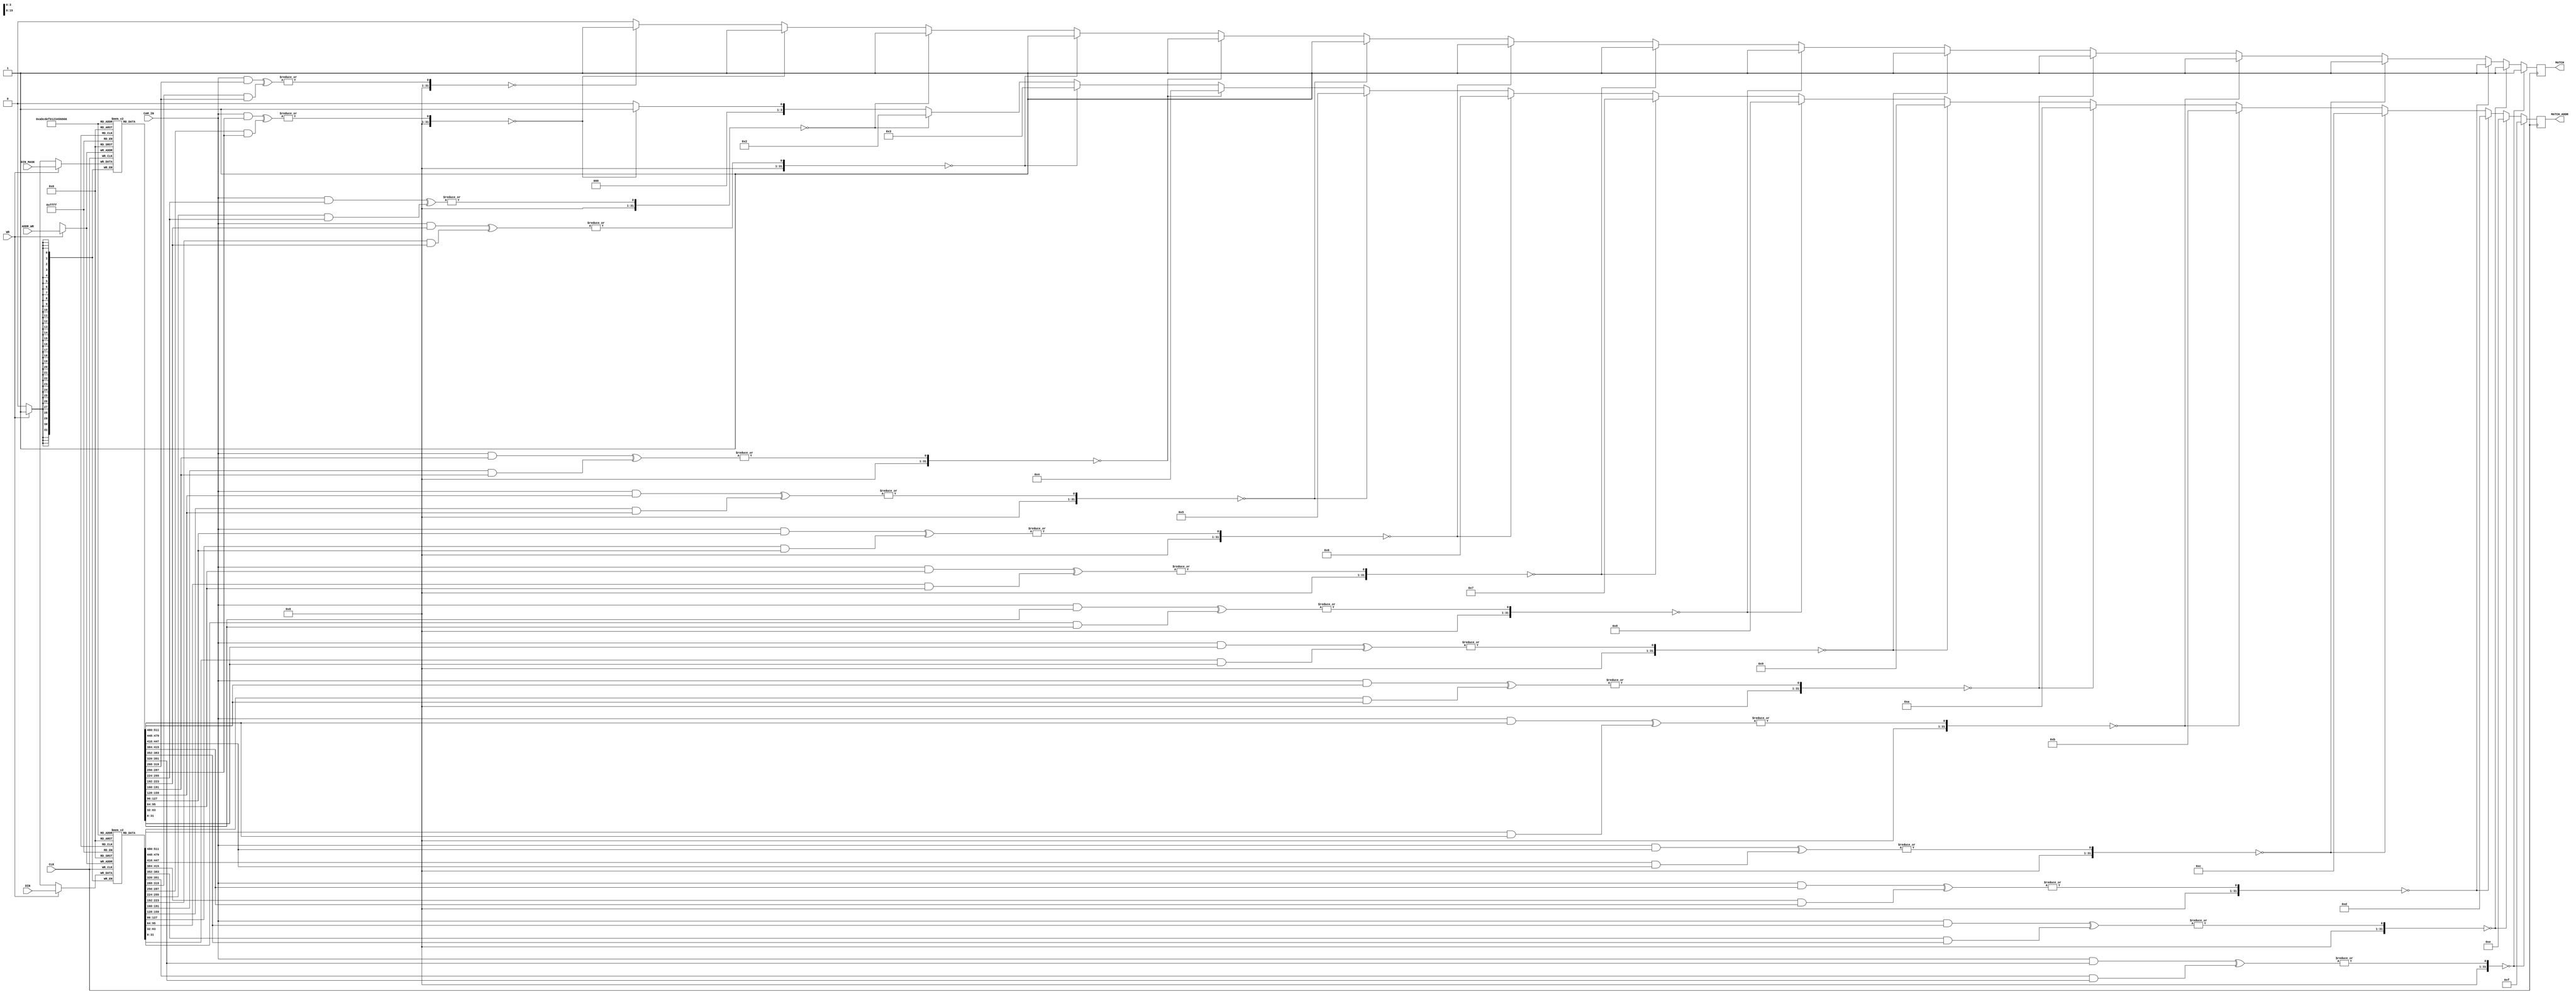
module tcam_rtl
#(
   parameter   ADDR_WIDTH   =  4,
   parameter   DATA_WIDTH   =  32
)
(
   input                               CLK,

   input                               WR,
   input          [ADDR_WIDTH-1:0]     ADDR_WR,
   input          [DATA_WIDTH-1:0]     DIN,
   input          [DATA_WIDTH-1:0]     DIN_MASK,

`ifdef EN_TCAM_RD
   input                               RD,
   input          [ADDR_WIDTH-1:0]     ADDR_RD,
   output         [DATA_WIDTH-1:0]     DOUT,
`endif

   input          [DATA_WIDTH-1:0]     CAM_IN,
   output   reg                        MATCH,
   output   reg   [ADDR_WIDTH-1:0]     MATCH_ADDR
);

(* RAM_STYLE = "DISTRIBUTED" *)
reg   [DATA_WIDTH-1:0]  mem[0:(2**ADDR_WIDTH)-1];
reg   [DATA_WIDTH-1:0]  mask[0:(2**ADDR_WIDTH)-1];

`ifdef EN_TCAM_RD
reg   [DATA_WIDTH-1:0]  rd_data;
`endif

always @(posedge CLK)
   if (WR)  begin
      mem[ADDR_WR]   <= DIN;
      mask[ADDR_WR]  <= DIN_MASK;
   end
`ifdef EN_TCAM_RD
   else if (RD)  rd_data   <= mem[ADDR_RD]; 

assign   DOUT  =  rd_data;
`endif

reg   [ADDR_WIDTH-1:0]  rMatchAddr;
reg   rMatch;

integer i;

always @(CAM_IN) begin
   rMatch = 0;
   rMatchAddr = 0;
   for (i=0; i<(2**ADDR_WIDTH); i=i+1) begin
      if (|((CAM_IN & mask[i]) ^ (mem[i] & mask[i])) == 0) begin rMatch = 1;   rMatchAddr = i; end
   end
end

always @(posedge CLK) MATCH_ADDR <= rMatchAddr;

always @(posedge CLK) MATCH <= rMatch; 

endmodule